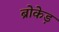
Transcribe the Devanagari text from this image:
ब्रोकेड़